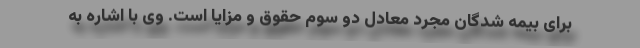
برای بیمه شدگان مجرد معادل دو سوم حقوق و مزایا است. وی با اشاره به